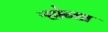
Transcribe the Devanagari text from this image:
ऱ्होन्डा